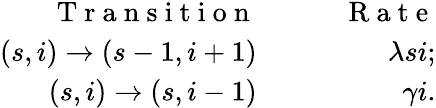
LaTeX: \begin{array}{rlr}{\mathrm{~T~r~a~n~s~i~t~i~o~n~}}&{{}\quad}&{\mathrm{~R~a~t~e~}}\\ {(s,i)\to(s-1,i+1)}&{{}\quad}&{\lambda si;}\\ {(s,i)\to(s,i-1)}&{{}\quad}&{\gamma i.}\end{array}